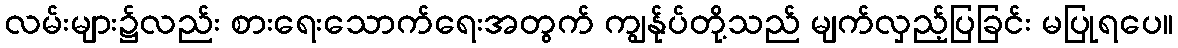
လမ်းများ၌လည်း စားရေးသောက်ရေးအတွက် ကျွန်ုပ်တို့သည် မျက်လှည့်ပြခြင်း မပြုရပေ။